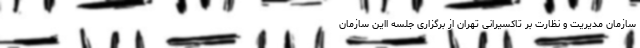
سازمان مدیریت و نظارت بر تاکسیرانی تهران از برگزاری جلسه‌ ااین سازمان